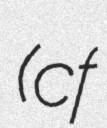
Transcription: (cf